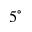
5 ^ { \circ }